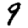
Digit: 9